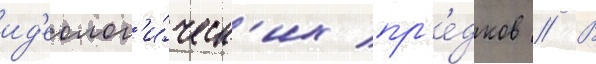
ид'еолог'и́ческ'их пр'е́дков // В